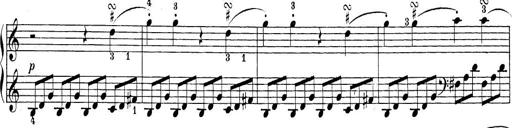
Title: Sonatina Album
Composer: Louis KÃ¶hler